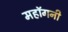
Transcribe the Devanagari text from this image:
महाॅगनी